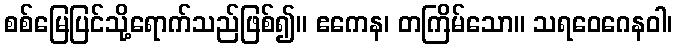
စစ်မြေပြင်သို့ရောက်သည်ဖြစ်၍။ ဧကေန၊ တကြိမ်သော။ သရဝေဂေနဝါ၊